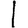
Digit: 1